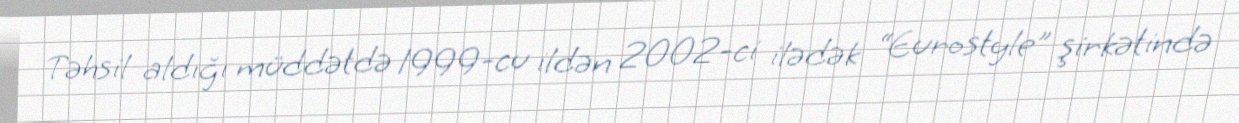
Təhsil aldığı müddətdə 1999-cu ildən 2002-ci ilədək “Eurostyle” şirkətində